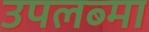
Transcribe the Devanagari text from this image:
उपलब्मा